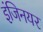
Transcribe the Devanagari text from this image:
इंजिनयर